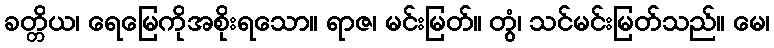
ခတ္တိယ၊ ရေမြေကိုအစိုးရသော။ ရာဇ၊ မင်းမြတ်။ တွံ၊ သင်မင်းမြတ်သည်။ မေ၊